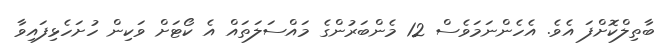
ބާތިލްކޮށްފަ އެވެ. އެހެންނަމަވެސް 12 މެންބަރުންގެ މައްސަލަތައް އެ ކޯޓަށް ވަކިން ހުށަހެޅިފައިވާ